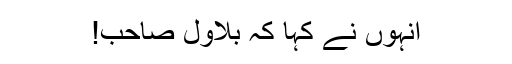
انہوں نے کہا کہ بلاول صاحب!